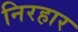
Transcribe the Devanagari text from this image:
निरहार